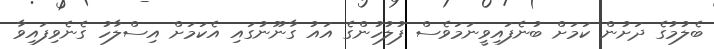
ބެލުމުގެ ދަށުން ކަމަށް ބުނެފައިވީނަމަވެސް ފުލުހުންގެ އައު ގާނޫނުގައި އެކަމަށް އިސްލާހު ގެނެވިފައިވާ